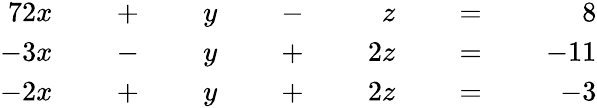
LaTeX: {\begin{array}{rlrlrlrlrlrlr}{{7}2x}&{}&{\; +\; }&{}&{y}&{}&{\; -\; }&{}&{z}&{}&{\; =\; }&{}&{8}\\ {-3x}&{}&{\; -\; }&{}&{y}&{}&{\; +\; }&{}&{2z}&{}&{\; =\; }&{}&{-11}\\ {-2x}&{}&{\; +\; }&{}&{y}&{}&{\; +\; }&{}&{2z}&{}&{\; =\; }&{}&{-3}\end{array}}